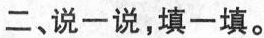
二、说一说，填一填